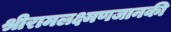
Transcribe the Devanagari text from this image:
श्रीरामलक्ष्मणजानकी